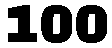
100